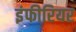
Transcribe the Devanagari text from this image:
इंफीरियर